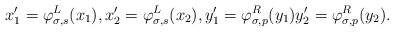
\begin{align*}x'_1 = \varphi_{\sigma, s}^L(x_1), x'_2 = \varphi_{\sigma, s}^L(x_2), y'_1 = \varphi_{\sigma, p}^R(y_1) y'_2 = \varphi_{\sigma, p}^R(y_2).\end{align*}